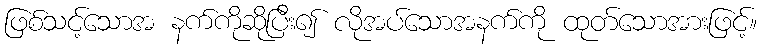
ဖြစ်သင့်သောအ နက်ကိုဆိုပြီး၍ လိုအပ်သောအနက်ကို ထုတ်သောအားဖြင့်။